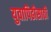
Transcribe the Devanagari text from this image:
युवापिढीसाठी